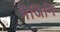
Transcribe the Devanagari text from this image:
मैजिनि